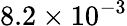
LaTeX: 8.2\times 10^{-3}